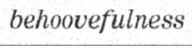
behoovefulness